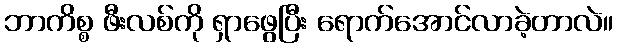
ဘာကိစ္စ ဖီးလစ်ကို ရှာဖွေပြီး ရောက်အောင်လာခဲ့တာလဲ။